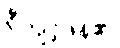
ရှီကျင့်ဖိန်၏